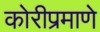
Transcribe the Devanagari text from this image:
कोरीप्रमाणे